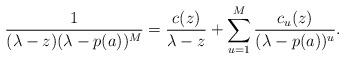
LaTeX: \begin{align*}\frac{1}{(\lambda-z)(\lambda-p(a))^M}=\frac{c(z)}{\lambda-z}+\sum_{u=1}^M\frac{c_u(z)}{(\lambda-p(a))^u}.\end{align*}